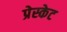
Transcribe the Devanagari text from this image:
प्रेस्केट